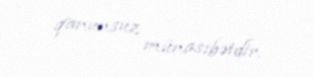
qanunsuz münasibətdir.